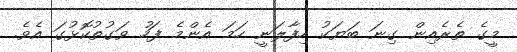
މީގެ ތެރެއިން ގިނަ ބަޔަކު ހިފާލަނީ ހަމަ އެންމެ ފަހު ވަގުތުކޮޅުގަ އެވެ.